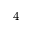
4